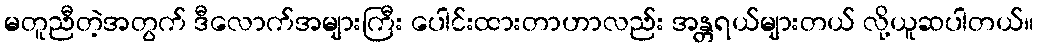
မတူညီတဲ့အတွက် ဒီလောက်အများကြီး ပေါင်းထားတာဟာလည်း အန္တရယ်များတယ် လို့ယူဆပါတယ်။